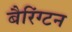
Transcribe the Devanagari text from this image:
बैरिंग्टन